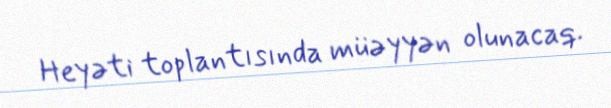
Heyəti toplantısında müəyyən olunacaq.